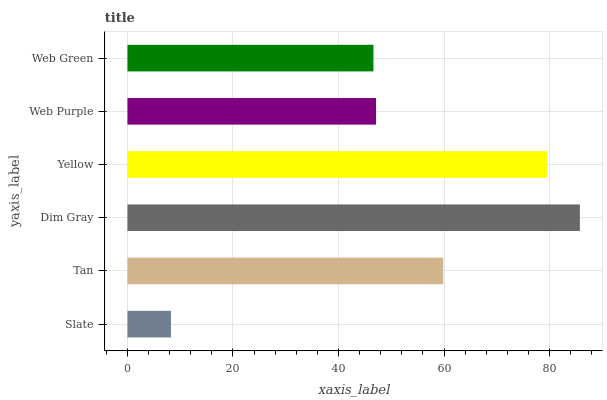
| yaxis_label | bars |
 | --- | --- |
 | Slate | 8.25 |
 | Tan | 59.8 |
 | Dim Gray | 85.7 |
 | Yellow | 79.5 |
 | Web Purple | 47.1 |
 | Web Green | 46.6 |